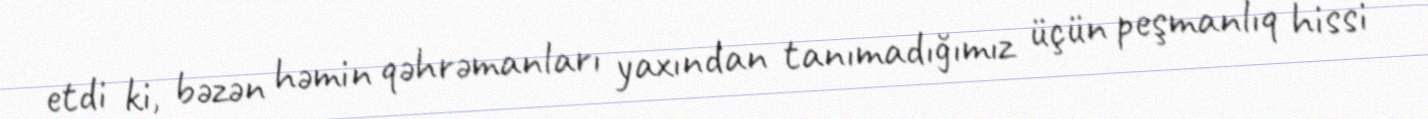
etdi ki, bəzən həmin qəhrəmanları yaxından tanımadığımız üçün peşmanlıq hissi